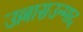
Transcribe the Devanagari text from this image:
उल्लासउन्माद